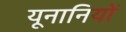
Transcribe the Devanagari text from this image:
यूनानियों